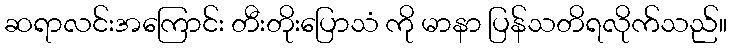
ဆရာလင်းအကြောင်း တီးတိုးပြောသံ ကို မာနာ ပြန်သတိရလိုက်သည်။